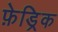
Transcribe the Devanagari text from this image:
फ़ेड्रिक